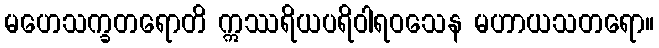
မဟေသက္ခတရောတိ ဣဿရိယပရိဝါရဝသေန မဟာယသတရော။